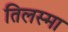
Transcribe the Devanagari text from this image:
तिलस्मा